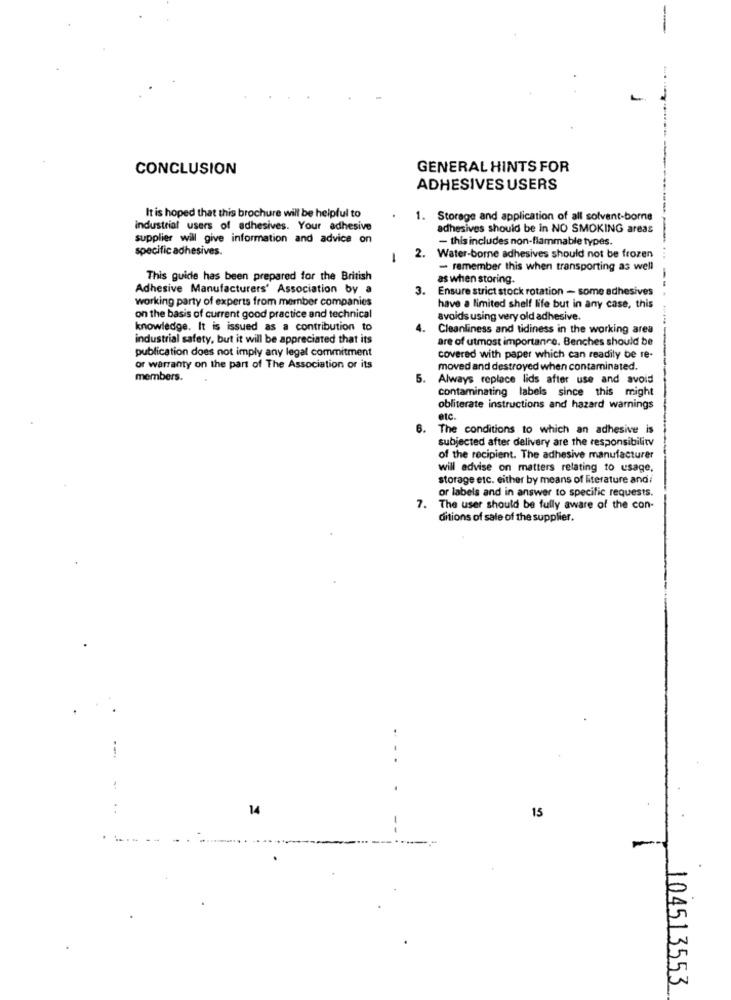
-
CONCLUSION
GENERAL HINTS FOR
ADHESIVES USERS
It is hoped that this brochure will be helpful to
1. Storage and application of all solvent-borne
industrial users of adhesives. Your adhesive
adhesives should be in NO SMOKING areas
supplier will give information and advice on
- this includes non-flammable types.
specific adhesives.
1
2. Water-borne adhesives should not be frozen
- remember this when transporting as well
This guide has been prepared for the British
as when storing.
Adhesive Manufacturers Association by a
3.
Ensure strict stock rotation - some adhesives
working party of experts from member companies
have a limited shelf life but in any case, this
on the basis of current good practice and technical
avoids using very old adhesive.
knowledge. It is issued as a contribution to
Cleanliness and tidiness in the working area
industrial safety, but it will be appreciated that its
are of utmost importance. Benches should be
publication does not imply any legal commitment
covered with paper which can readily be re-
or warranty on the part of The Association or its
moved and destroyed when contaminated.
members.
5. Always replace lids after use and avoid
contaminating labels since this might
obliterate instructions and hazard warnings
etc.
6.
The conditions to which an adhesive is
subjected after delivery are the responsibility
of the recipient. The adhesive manufacturer
will advise on matters relating to usage,
storage etc. either by means of literature and
or labels and in answer to specific requests.
7. The user should be fully aware of the con-
ditions of sale of the supplier.
. -
--.
..
14
15
104513553